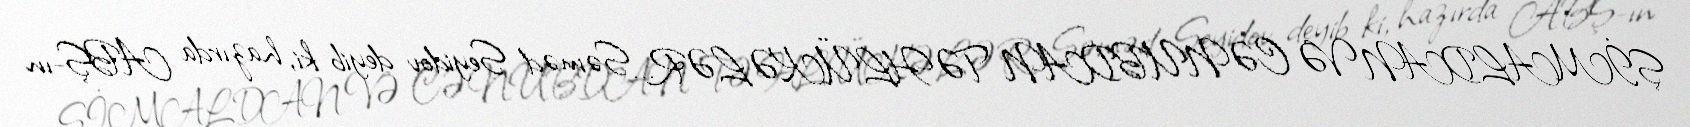
ŞİMALDAN VƏ CƏNUBDAN TƏHLÜKƏLƏR... Səməd Seyidov deyib ki, hazırda ABŞ-ın